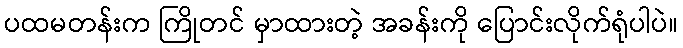
ပထမတန်းက ကြိုတင် မှာထားတဲ့ အခန်းကို ပြောင်းလိုက်ရုံပါပဲ။